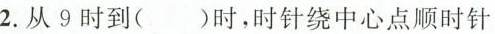
2.从9时到()时，时针绕中心点顺时针